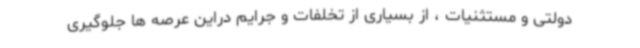
دولتی و مستثنیات ، از بسیاری از تخلفات و جرایم دراین عرصه ها جلوگیری